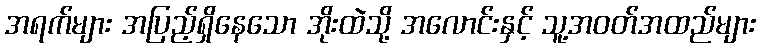
အရက်များ အပြည့်ရှိနေသော အိုးထဲသို့ အလောင်းနှင့် သူ့အဝတ်အထည်များ